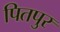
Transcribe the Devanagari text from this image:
पितपुर